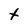
Character: t